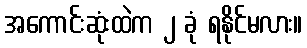
အကောင်းဆုံးထဲက ၂ ခုံ ရနိုင်မလား။